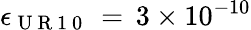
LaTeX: \epsilon_{\mathrm{~U~R~1~0~}}\, =\, 3\times 10^{-10}